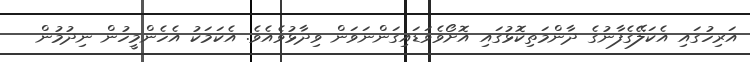
އަރިހުގައި އެކަލޭގެފާނުގެ ދާންމަތިކޮޅުގައި އޮށޯވެވަޑައިގަންނަވަން ވިދާޅުވެއެވެ. އެކަމަކު އެހެންމީހުން ނިދުމުން